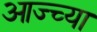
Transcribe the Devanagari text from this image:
आज्च्या